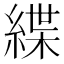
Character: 緤